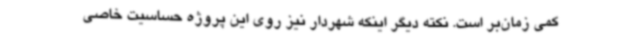
کمی زمان‌بر است. نکته دیگر اینکه شهردار نیز روی این پروژه حساسیت خاصی